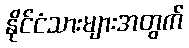
နိုင်ငံသားများအတွက်